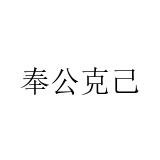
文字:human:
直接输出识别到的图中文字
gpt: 奉公克己